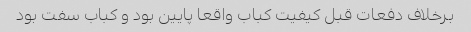
برخلاف دفعات قبل کیفیت کباب واقعا پایین بود و کباب سفت بود